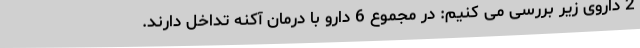
2 داروی زیر بررسی می کنیم: در مجموع 6 دارو با درمان آکنه تداخل دارند.